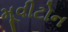
મૂવીટોન